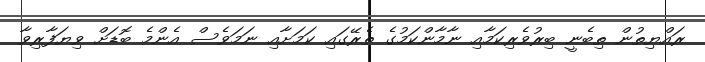
ރައްޔިތުން ތިބެނީ ބިރުވެރިކަމާއި ނާމާންކަމުގެ ތެރޭގައި ކަމަށާއި ނަމަވެސް އެންމެ ބޮޑަށް ވިޔަފާރިވާ